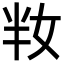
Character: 𡛤